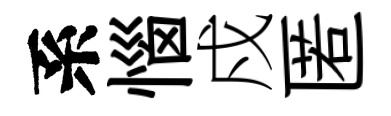
系惱戍匿